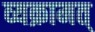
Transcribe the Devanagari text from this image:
व्यक्रामत्